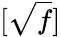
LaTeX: [\sqrt{f}]